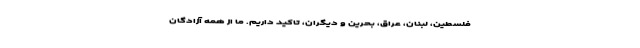
فلسطین، لبنان، عراق، بحرین و دیگران، تاکید داریم. ما از همه آزادگان